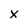
Character: x